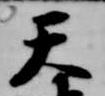
天